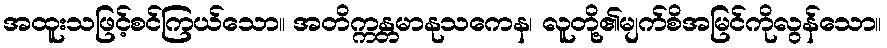
အထူးသဖြင့်စင်ကြယ်သော။ အတိက္ကန္တမာနုသကေန၊ လူတို့၏မျက်စိအမြင်ကိုလွန်သော။